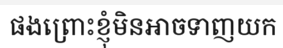
ផងព្រោះខ្ញុំមិនអាចទាញយក